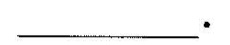
_-.